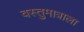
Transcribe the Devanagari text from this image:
वस्तुमात्राला